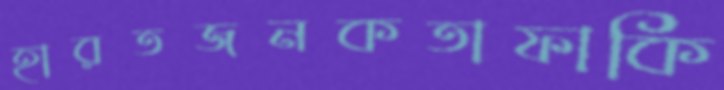
হারতজনকতাফাকি